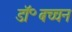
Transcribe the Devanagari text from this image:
डॉ॰बच्चन